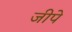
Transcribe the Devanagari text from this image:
जीपे